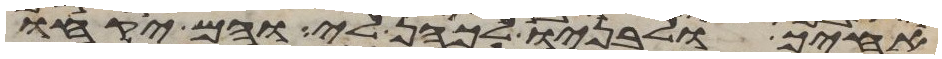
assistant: אחיך ולבניו לכהן לי והם יקחו